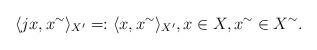
LaTeX: \begin{align*} \langle jx,x^{\sim}\rangle_{X'} =: \langle x, x^{\sim}\rangle_{X'}, x\in X, x^{\sim}\in X^{\sim}.\end{align*}